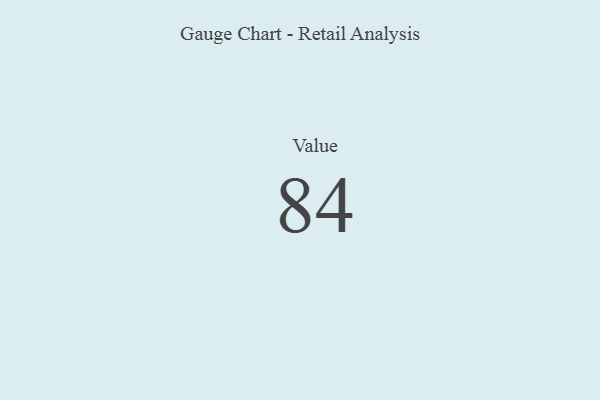
{"axis": {"x": "Metric", "y": "Value"}, "legend": [""], "data": [{"x": "Value", "y": 84, "type": ""}]}